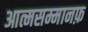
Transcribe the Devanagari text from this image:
आत्मसम्मानफ़